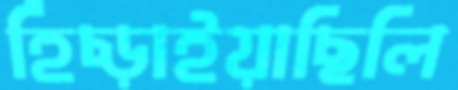
হিঁচ্‌ড়াইয়াছিলি